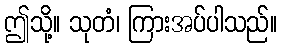
ဤသို့။ သုတံ၊ ကြားအပ်ပါသည်။